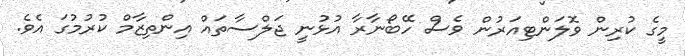
މީގެ ކުރިން ވޮލަންޓިއަރުން ވެސް ހޭބޯނާރާ އުޅުނީ ޖަލްސާތައް އިންތިޒާމް ކުރުމުގަ އެވެ.